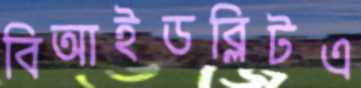
বিআইডব্লিটএ